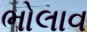
ભોલાવ